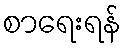
စာရေးရန်